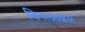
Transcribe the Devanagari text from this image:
विनाआकार